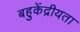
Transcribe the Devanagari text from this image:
बहुकेंद्रीयता